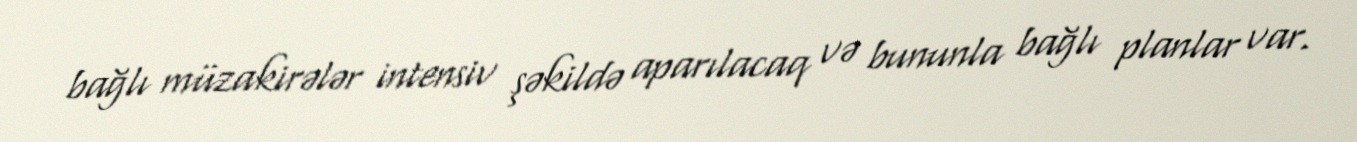
bağlı müzakirələr intensiv şəkildə aparılacaq və bununla bağlı planlar var.